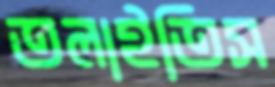
তলাইতিস